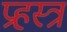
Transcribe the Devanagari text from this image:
प्रहस्त्र